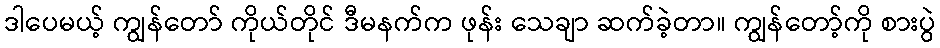
ဒါပေမယ့် ကျွန်တော် ကိုယ်တိုင် ဒီမနက်က ဖုန်း သေချာ ဆက်ခဲ့တာ။ ကျွန်တော့်ကို စားပွဲ